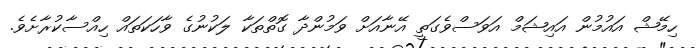
ހިމޭޝް އައުމުން އައިޝަމް އަވަސްވެގަތީ އޭނާއަށް ވަމުންދާ ގޮތްތަކާ ލަކުނުގެ ވާހަކަތައް ހިއްސާކުރާށެވެ.